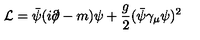
{ \cal L } = \bar { \psi } ( i \partial \! \! \! / - m ) \psi + \frac { g } { 2 } ( \bar { \psi } \gamma _ { \mu } \psi ) ^ { 2 }